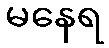
မနေရ